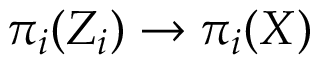
\pi _ { i } ( Z _ { i } ) \to \pi _ { i } ( X )